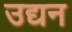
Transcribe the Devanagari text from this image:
उद्यन